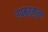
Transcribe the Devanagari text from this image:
उपबहुमुख